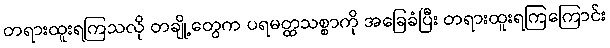
တရားထူးရကြသလို တချို့တွေက ပရမတ္ထသစ္စာကို အခြေခံပြီး တရားထူးရကြကြောင်း